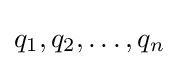
q_{1},q_{2},\dots ,q_{n}